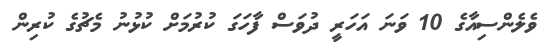
ވެލެންސިއާގެ 10 ވަނަ އަހަރީ ދުވަސް ފާހަގަ ކުރުމަށް ކުޅުނު މެޗުގެ ކުރިން